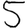
Digit: 5